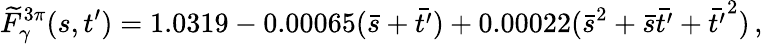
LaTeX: \widetilde{F}_{\gamma}^{3\pi}(s,t^{\prime})=1.0319-0.00065(\bar{s}+\bar{t^{\prime}})+0.00022(\bar{s}^{2}+\bar{s}\bar{t^{\prime}}+\bar{t^{\prime}}^{2})\, ,